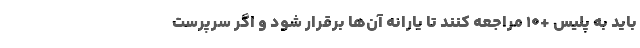
باید به پلیس +۱۰ مراجعه کنند تا یارانه آن‌ها برقرار شود و اگر سرپرست